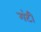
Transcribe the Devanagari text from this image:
गंटी